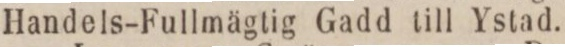
Handels-Fullmägtig Gadd till Ystad.